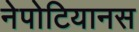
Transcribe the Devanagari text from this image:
नेपोटियानस